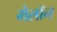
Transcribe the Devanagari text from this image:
गैलॉन